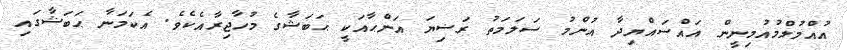
އުއްމުލްމުއުމިނީން އައްސައްޔިދާ އުންމު ސަލަމަތު ރަޟިޔަ އަންޙާއަކީ ޙަބަޝާގެ މުހާޖިރާއެކެވެ. އެކަމަނާ ޙަބަޝާގައި